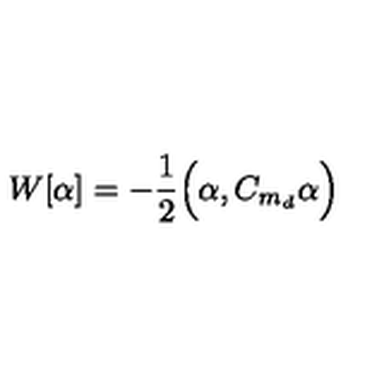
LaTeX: W [ \alpha ] = - \frac { 1 } { 2 } \Big ( \alpha , C _ { m _ { d } } \alpha \Big )